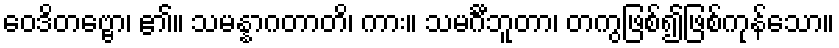
ဝေဒိတဗ္ဗော၊ ၏။ သမန္နာဂတာတိ၊ ကား။ သမင်္ဂီဘူတာ၊ တကွဖြစ်၍ဖြစ်ကုန်သော။